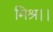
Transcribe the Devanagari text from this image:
मिश्र।।